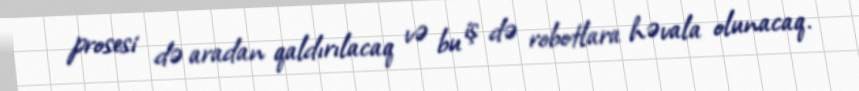
prosesi də aradan qaldırılacaq və bu iş də robotlara həvala olunacaq.